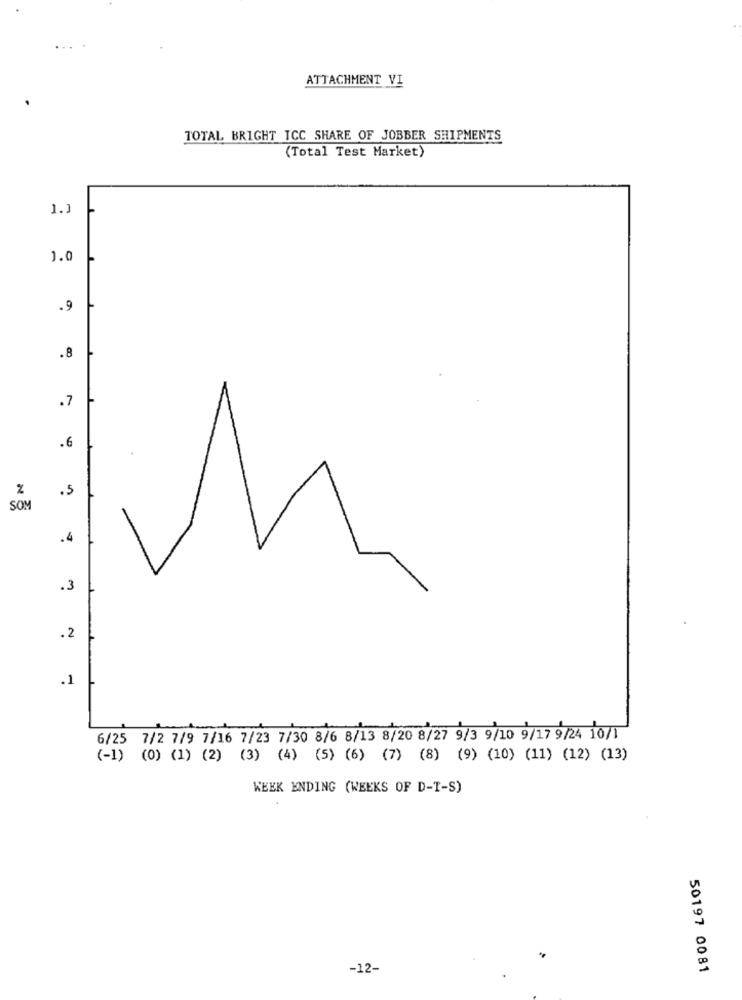
ATTACHMENT VI
TOTAL BRIGHT ICC SHARE OF JOBBER SHIPMENTS
(Total Test Market)
1.1
1.0
.9
.8
.7
.6
%
.5
SOM
.4
.3
.2
.1
6/25 7/2 7/9 7/16 7/23 7/30 8/6 8/13 8/20 8/27 9/3 9/10 9/17 9/24 10/1
(-1) (0) (1) (2) (3) (4) (5) (6) (7) (8) (9) (10) (11) (12) (13)
WEEK ENDING (WEEKS OF D-T-S)
-12-
50197 0081